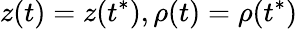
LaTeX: z(t)=z(t^{*}),\rho(t)=\rho(t^{*})